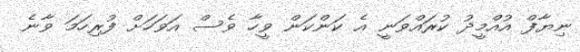
ނިޔާފް އުއްމީދު ކުރައްވަނީ އެ ކަންކަން ވީހާ ވެސް އަވަހަށް ފުރިހަމަ ވާނެ